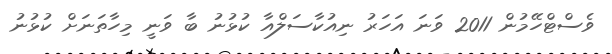
ވެސްޓްހޭމުން 2011 ވަނަ އަހަރު ނިއުކާސަލްއާ ކުޅުނު ބާ ވަނީ މިހާތަނަށް ކުޅުނު